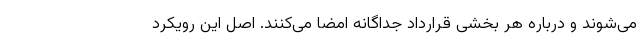
می‌شوند و درباره هر بخشی قرارداد جداگانه امضا می‌کنند. اصل این رویکرد